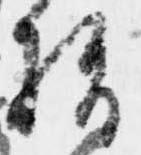
指